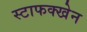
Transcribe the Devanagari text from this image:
स्टाफक्खेन